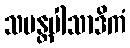
သမန္တပါသာဒိကံ